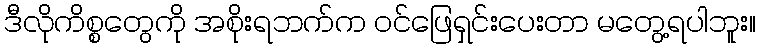
ဒီလိုကိစ္စတွေကို အစိုးရဘက်က ဝင်ဖြေရှင်းပေးတာ မတွေ့ရပါဘူး။